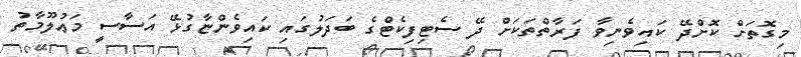
މިގޮތަށް ކޮށްދޭ ކައިވެނިވާ ފަރާތްތަކަށް ދޭ ސެޓިފިކެޓްގެ ބަދަލުގައި ކައިވެންޏާގުޅޭ އަސާސީ މަޢުލޫމާތު